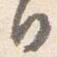
日